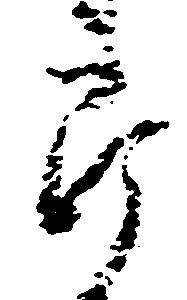
郎